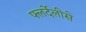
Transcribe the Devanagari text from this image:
फ्लर्देलीसे